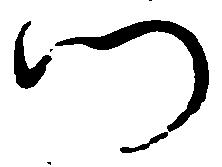
門